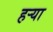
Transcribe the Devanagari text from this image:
हर्‍या